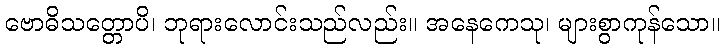
ဗောဓိသတ္တောပိ၊ ဘုရားလောင်းသည်လည်း။ အနေကေသု၊ များစွာကုန်သော။